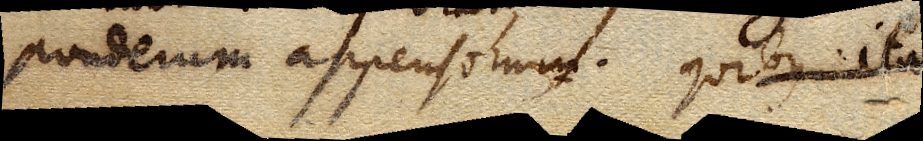
ponderum appensorum. Quibus ita